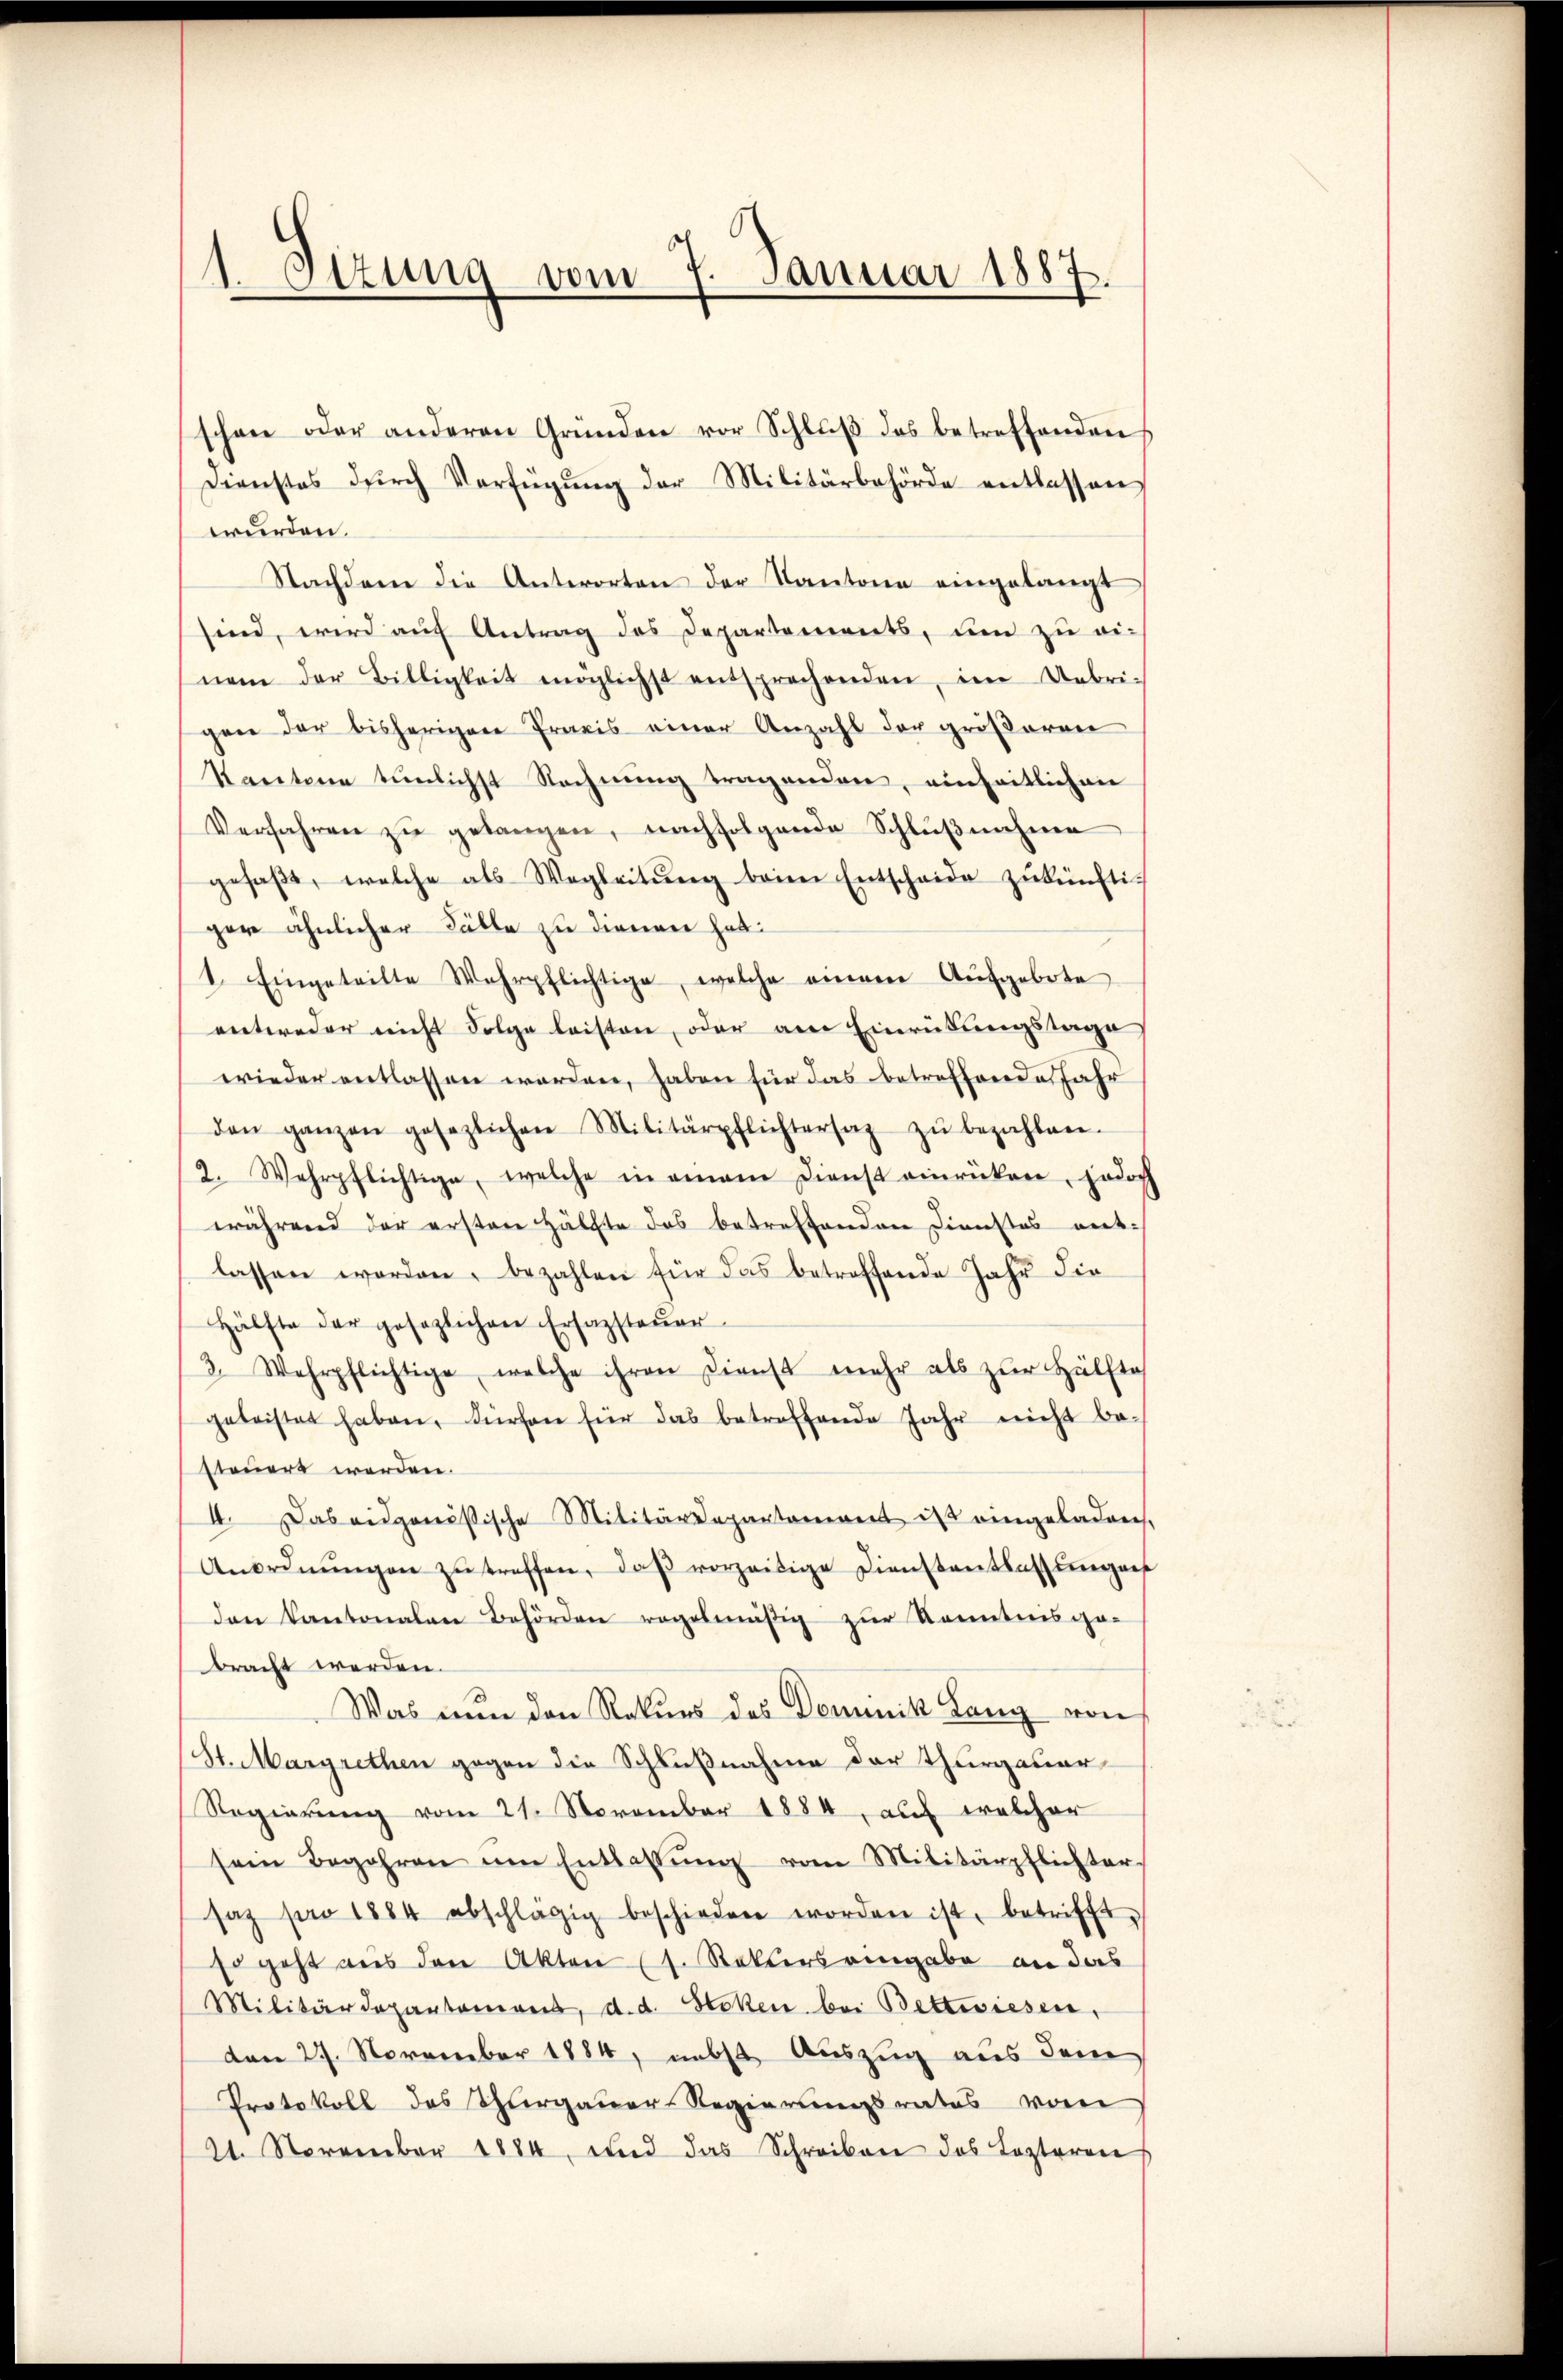
1.Otzung vom 7. Januar 1887

schon oder anderen Gründen vor Schlŭβ des betreffenden
Dienstes dŭrch Verfügŭng der Militärbehörde entlassen
wurden.
Nachdem die Antworten der Kantone eingelangt
sind, wird auf Antrag des Departements, um zu ei-
nem der Billigkeit möglichst entsprechenden, im Uebrigen der bisherigen Praxis einer Anzahl der größeren
Kantone tünlichst Rechnŭng tragenden, einheitlichen
Verfahren zŭ gelangen, nachfolgende Schlußnahme
gefaβt, welche als Wegleitŭng beim Entscheide zŭkünftiger ähnlicher Fälle zu dienen hab
1. Eingeteilte Wehrpflichtige, welche einem Aufgebote
entweder nicht Folge leisten, oder am Einrückungstage
wieder entlassen worden, haben für das betreffende Jahr
den ganzen gesezlichen Militärpflichtersaz zŭ bezahlen.
2. Wehrpflichtige, welche in einem Dienst einrücken, jedoch
während der ersten Hälfte das betreffenden Dienstes entlassen worden, bezahlen für das betreffende Jahr die
Hälfte der gesezlichen Ersazsteŭer-
3. Wehrpflichtige, welche ihren Dienst mehr als zŭr Hälfte
geleistet haben, dürfen für das betreffende Jahr nicht be-
steuert werden.
4. Das eidgenößische Militärdepartement des eingeladen,
Anordnŭngen zŭ treffen, daβ vorzeitige Dienstantlastungen
den Kantonalen Behörden regelmäßig zŭr Kenntnisga-
bracht werden.
Was nun den Rekurs des Dominik Lang von
St. Margrethen gegen die Schlußnahme der Thurgauer
Regierung vom 21. November 1884, auf welcher
sein Begehren am Entlassŭng vom Militärpflichter
saz pro 1884 abschlägig beschieden worden ist, betrifft,
Es geht aus den Akten (1. Rektors eingabe an das
Militärdepartemons, d. d. Stoken bei Bettwiesen,
den 27. November 1884, nebst Auszug aus dem
Protokoll des Thurgauer-Regierungsrates vom
21. November 1884, und das Schreiben das Lezteren